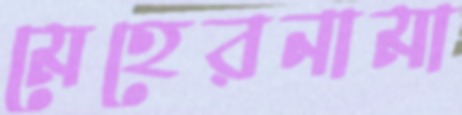
মেহেরনামা